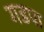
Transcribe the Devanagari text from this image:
गडपा